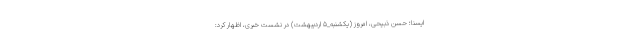
ایسنا؛ حسن ذبیحی، امروز (یکشنبه_۵ اردیبهشت) در نشست خبری، اظهار کرد: